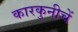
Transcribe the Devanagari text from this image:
कारकुनीचें